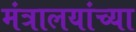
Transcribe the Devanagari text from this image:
मंत्रालयांच्या